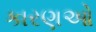
કારણઓ